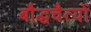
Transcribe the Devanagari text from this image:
बौद्धचैत्यों